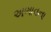
અભાવના